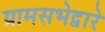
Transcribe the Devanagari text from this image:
ग्रामसभेद्वारे